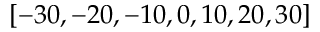
\left[ - 3 0 , - 2 0 , - 1 0 , 0 , 1 0 , 2 0 , 3 0 \right]